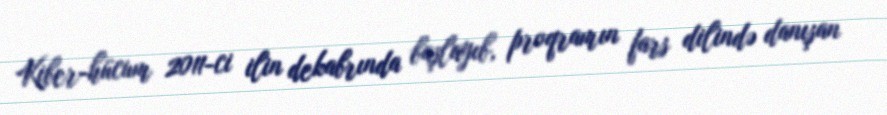
Kiber-hücum 2011-ci ilin dekabrında başlayıb, proqramın fars dilində danışan